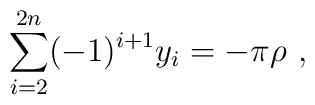
\sum_{i=2}^{2n} (-1)^{i+1}  y_i = -  \pi \rho ~,~\,